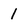
Character: 1